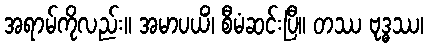
အရာမ်ကိုလည်း။ အမာပယိံ၊ စီမံဆင်းပြီ။ တဿ ဗုဒ္ဓဿ၊